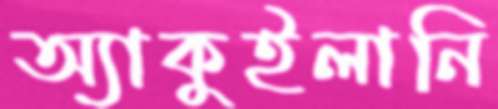
অ্যাকুইলানি